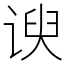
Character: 谀